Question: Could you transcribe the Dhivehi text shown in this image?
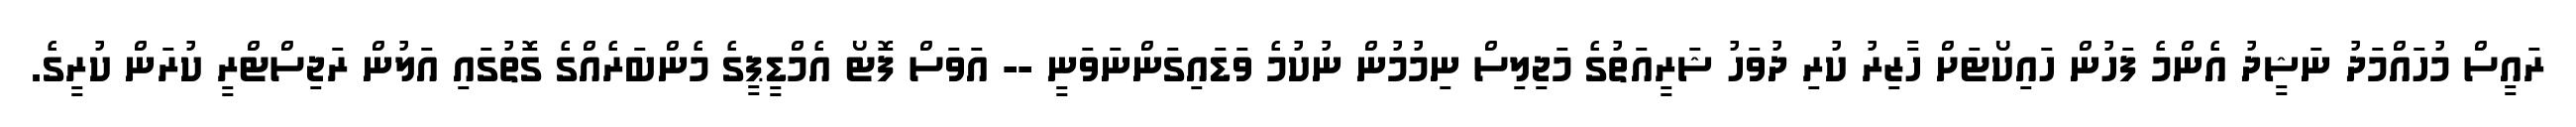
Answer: ރައީސް މުހައްމަދު ނަޝީދު އެންމެ ފަހުން ހައިކޯޓަށް ހާޒިރު ކުރި ދުވަހު ޝަރީއަތުގެ މަޖިލިސް ނިމުމުން ނުކުމެ ވަޑައިގަންނަވަނީ -- އަވަސް ފޮޓޯ އެމްޑީޕީގެ މެންބަރެއްގެ ގޮތުގައި އަލުން ރަޖިސްޓްރީ ކުރަން ކުރީގެ.